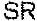
SR